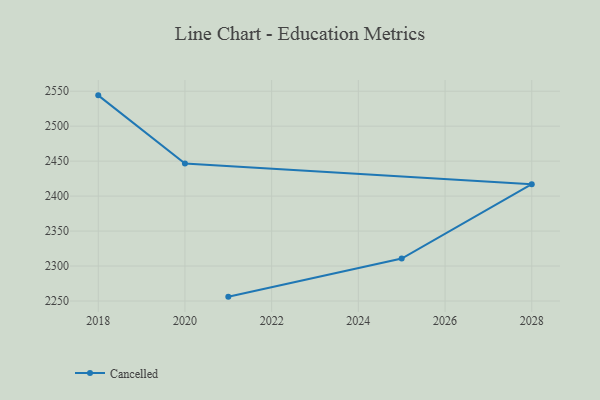
{"axis": {"x": "Year", "y": "Headcount"}, "legend": ["Cancelled"], "data": [{"x": "2018", "y": 2544.1, "type": "Cancelled"}, {"x": "2020", "y": 2446.6, "type": "Cancelled"}, {"x": "2028", "y": 2417.0, "type": "Cancelled"}, {"x": "2025", "y": 2310.7, "type": "Cancelled"}, {"x": "2021", "y": 2256.2, "type": "Cancelled"}]}